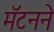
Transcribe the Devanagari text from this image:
मॅटनने